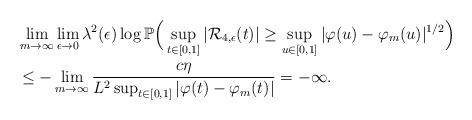
LaTeX: \begin{align*}&\lim_{m\to\infty}\lim_{\epsilon\to0}\lambda^2(\epsilon)\log\mathbb P\Big(\sup_{t\in[0,1]}|\mathcal{R}_{4,\epsilon}(t)|\geq\sup_{u\in[0,1]}|\varphi(u)-\varphi_m(u)|^{1/2}\Big)\\&\leq-\lim_{m\to\infty}\frac{c\eta}{L^{2}\sup_{t\in[0,1]}|\varphi(t)-\varphi_m(t)|}=-\infty.\end{align*}